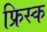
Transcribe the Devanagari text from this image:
फ्रिस्क